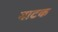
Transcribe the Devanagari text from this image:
वाटक